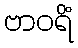
ဗာဝရိံ